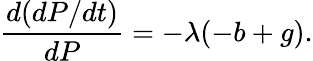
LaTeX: {\frac{d(dP/dt)}{dP}}=-\lambda(-b+g).